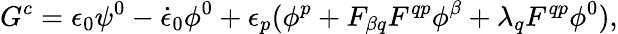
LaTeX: G^{c}=\epsilon_{0}\psi^{0}-{\dot{\epsilon}_{0}}\phi^{0}+\epsilon_{p}(\phi^{p}+F_{\beta q}F^{qp}\phi^{\beta}+\lambda_{q}F^{qp}\phi^{0}),